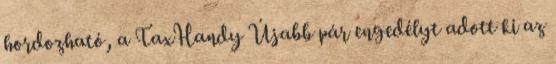
hordozható, a TaxHandy Újabb pár engedélyt adott ki az